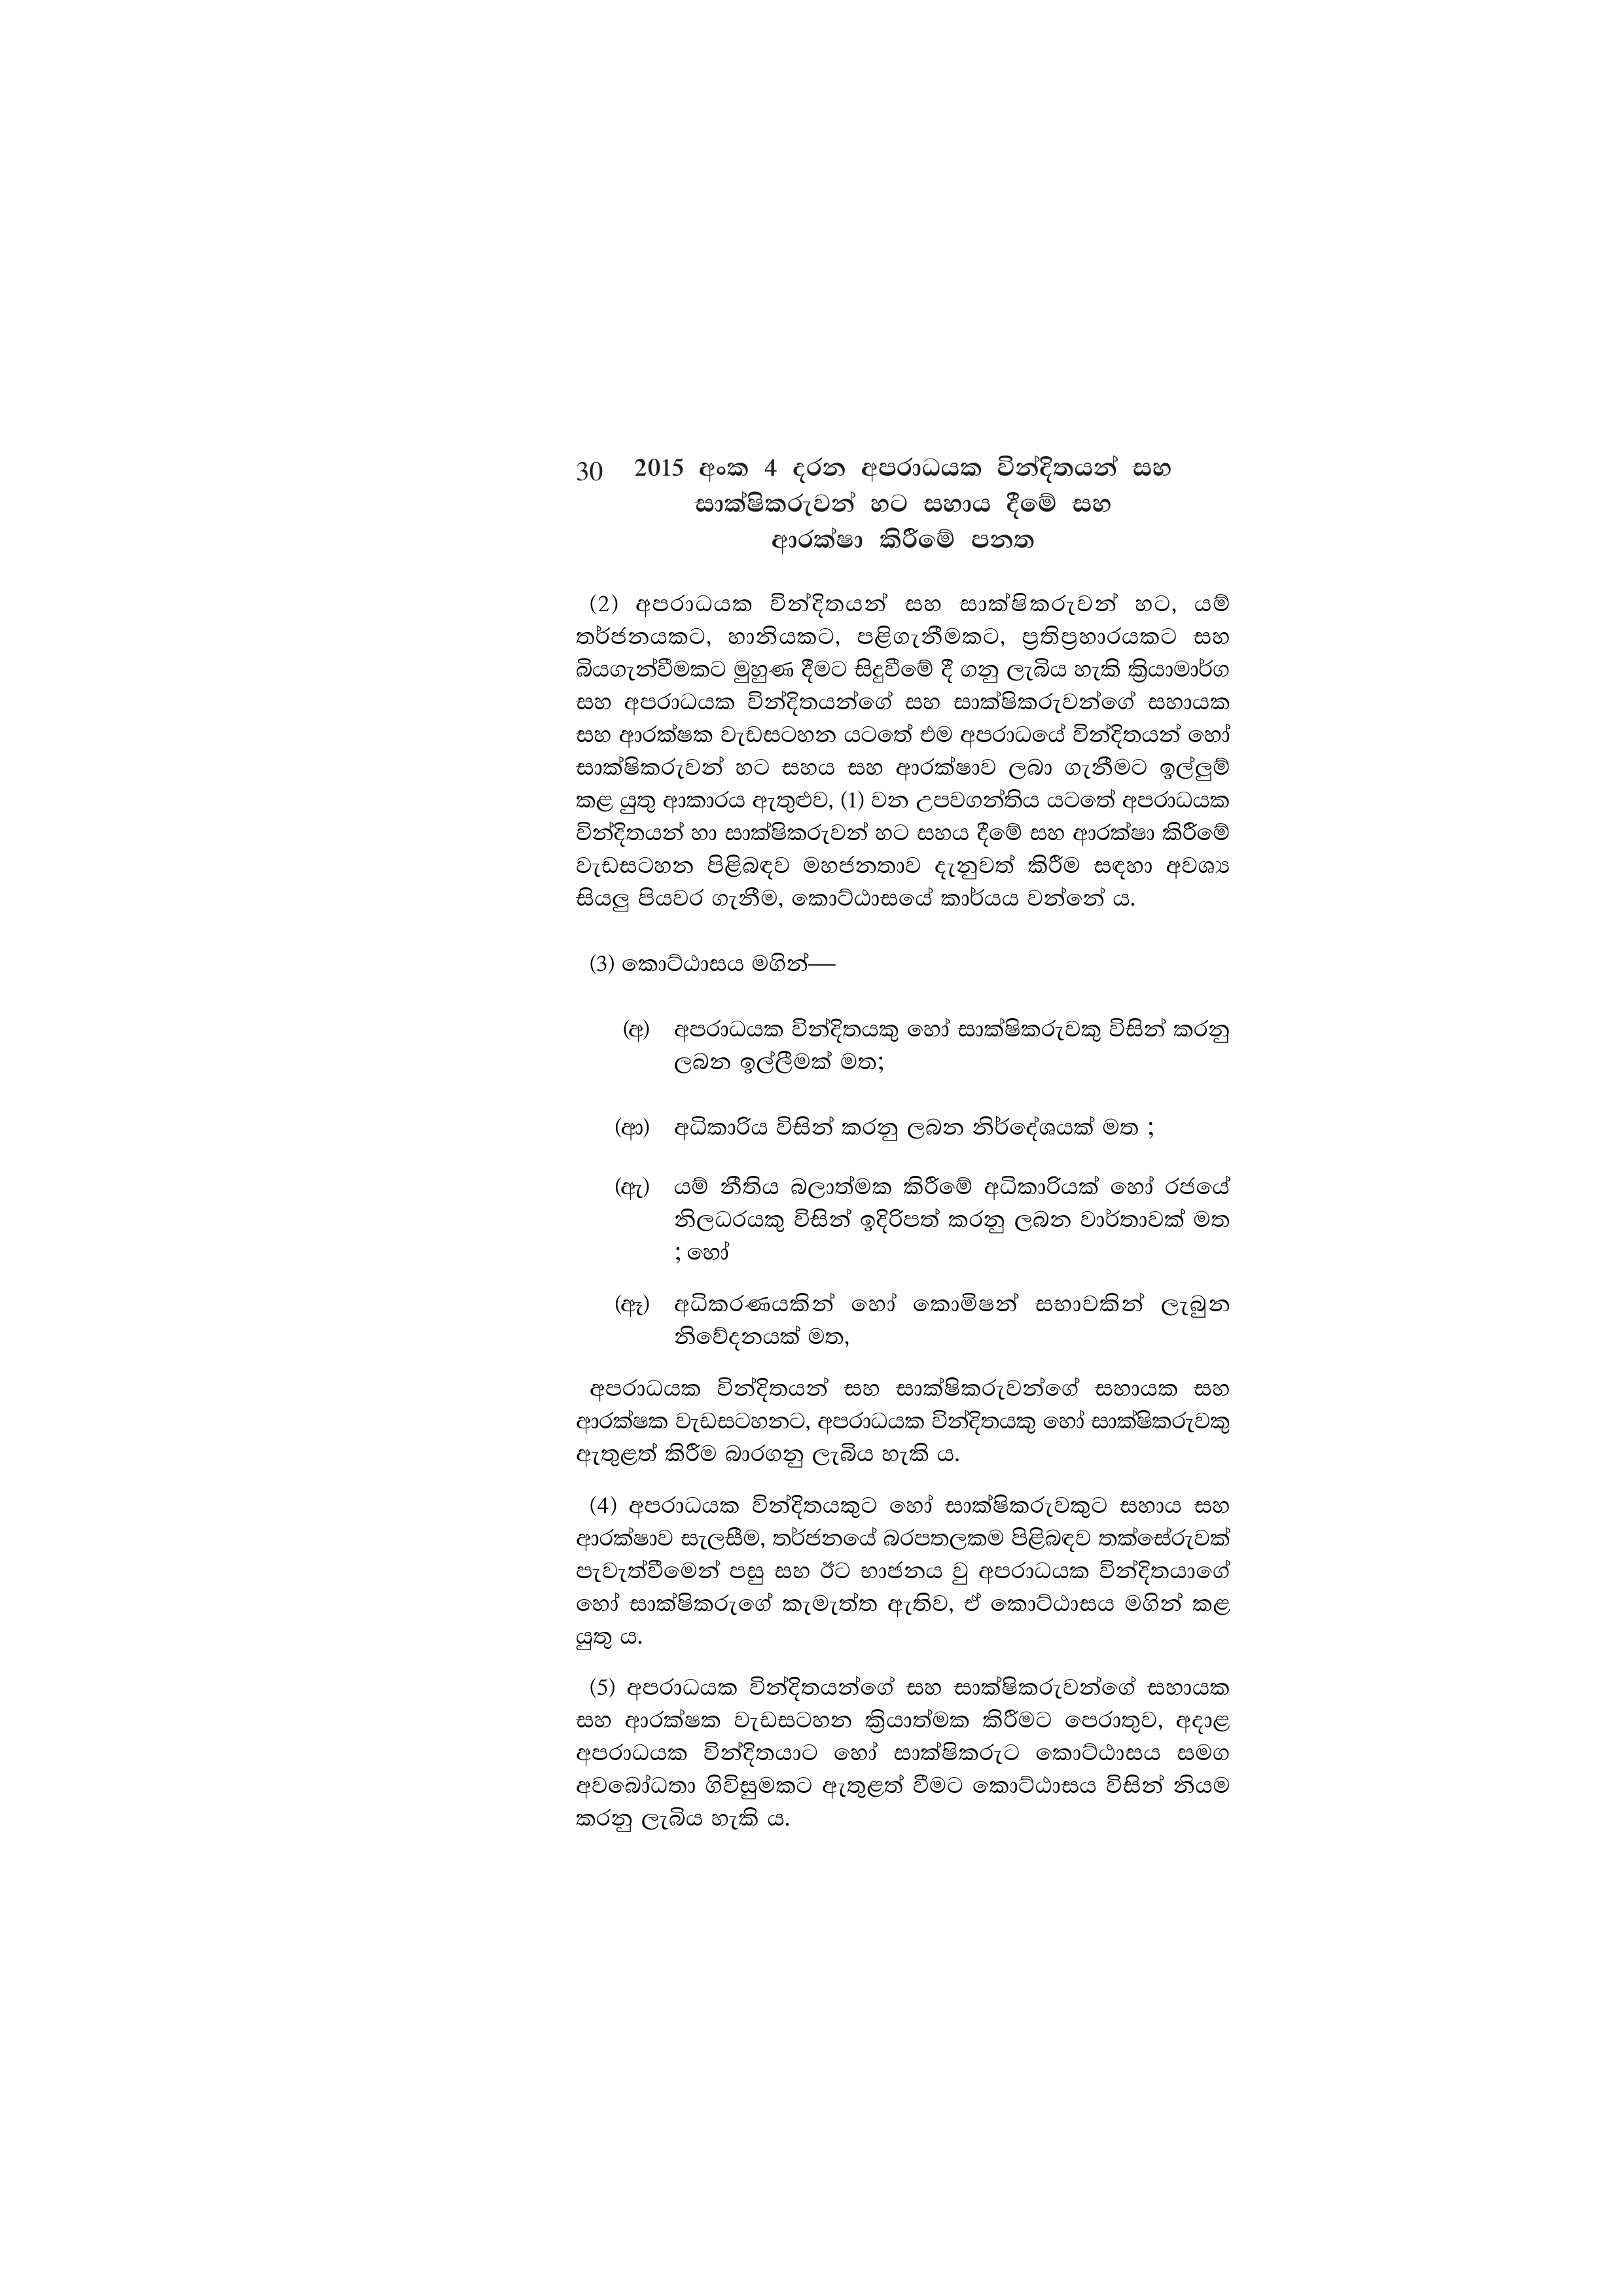
30 2015 අංක 4 දරන අපරාධයක වින්දිතයන් සහ
සාක්ෂිකරුවන් හට සහාය දීමේ සහ
ආරක්ෂා කිරීමේ පනත

(2) අපරාධයක වින්දිතයන් සහ සාක්ෂිකරුවන් හට, යම්
තර්ජනයකට, හානියකට, පළිගැනීමකට, ප්‍රතිප්‍රහාරයකට සහ
බියගැන්වීමකට මුහුණ දීමට සිදුවීමේ දී ගනු ලැබිය හැකි ක්‍රියාමාර්ග
සහ අපරාධයක වින්දිතයන්ගේ සහ සාක්ෂිකරුවන්ගේ සහායක
සහ ආරක්ෂක වැඩසටහන යටතේ එම අපරාධයේ වින්දිතයන් හෝ
සාක්ෂිකරුවන් හට සහය සහ ආරක්ෂාව ලබා ගැනීමට ඉල්ලුම්
කළ යුතු ආකාරය ඇතුළුව, (1) වන උපවගන්තිය යටතේ අපරාධයක
වින්දිතයන් හා සාක්ෂිකරුවන් හට සහය දීමේ සහ ආරක්ෂා කිරීමේ
වැඩසටහන පිළිබඳව මහජනතාව දැනුවත් කිරීම සඳහා අවශ්‍ය
සියලු පියවර ගැනීම, කොට්ඨාසයේ කාර්යය වන්නේ ය.

(3) කොට්ඨාසය මගින්—

(අ) අපරාධයක වින්දිතයකු හෝ සාක්ෂිකරුවකු විසින් කරනු
ලබන ඉල්ලීමක් මත;

(ආ) අධිකාරිය විසින් කරනු ලබන නිර්දේශයක් මත ;

(ඇ) යම් නීතිය බලාත්මක කිරීමේ අධිකාරියක් හෝ රජයේ
නිලධරයකු විසින් ඉදිරිපත් කරනු ලබන වාර්තාවක් මත
; හෝ

(ඈ) අධිකරණයකින් හෝ කොමිෂන් සභාවකින් ලැබුන
නිවේදනයක් මත,

අපරාධයක වින්දිතයන් සහ සාක්ෂිකරුවන්ගේ සහායක සහ
ආරක්ෂක වැඩසටහනට, අපරාධයක වින්දිතයකු හෝ සාක්ෂිකරුවකු
ඇතුළත් කිරීම බාරගනු ලැබිය හැකි ය.

(4) අපරාධයක වින්දිතයකුට හෝ සාක්ෂිකරුවකුට සහාය සහ
ආරක්ෂාව සැලසීම, තර්ජනයේ බරපතලකම පිළිබඳව තක්සේරුවක්
පැවැත්වීමෙන් පසු සහ ඊට භාජනය වු අපරාධයක වින්දිතයාගේ
හෝ සාක්ෂිකරුගේ කැමැත්ත ඇතිව, ඒ කොට්ඨාසය මගින් කළ
යුතු ය.

(5) අපරාධයක වින්දිතයන්ගේ සහ සාක්ෂිකරුවන්ගේ සහායක
සහ ආරක්ෂක වැඩසටහන ක්‍රියාත්මක කිරීමට පෙරාතුව, අදාළ
අපරාධයක වින්දිතයාට හෝ සාක්ෂිකරුට කොට්ඨාසය සමග
අවබෝධතා ගිවිසුමකට ඇතුළත් වීමට කොට්ඨාසය විසින් නියම
කරනු ලැබිය හැකි ය.